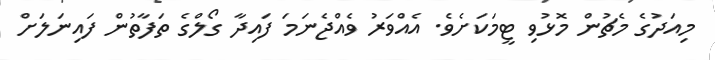
މިއަދުގެ މެޗުން މޮޅުވި ޓީމަކަށެވެ. އެއްވަރު ވެއްޖެނަމަ ފައިދާ ގޯލްގެ ތަފާތުން ފައިނަލަށް